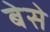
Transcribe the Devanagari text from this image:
बेसे